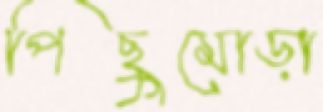
পিছুমোড়া